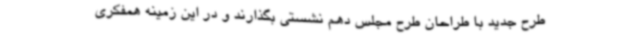
طرح جدید با طراحان طرح مجلس دهم نشستی بگذارند و در این زمینه همفکری